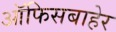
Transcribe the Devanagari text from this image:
ऑफिसबाहेर